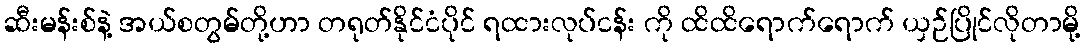
ဆီးမန်းစ်နဲ့ အယ်စတွမ်တို့ဟာ တရုတ်နိုင်ငံပိုင် ရထားလုပ်ငန်း ကို ထိထိရောက်ရောက် ယှဉ်ပြိုင်လိုတာမို့